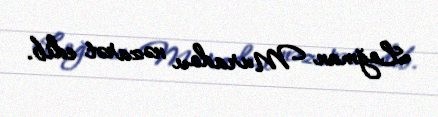
Loğman Muradov nəzarət edib.